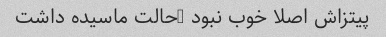
پیتزاش اصلا خوب نبود …حالت ماسیده داشت